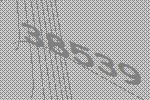
38539